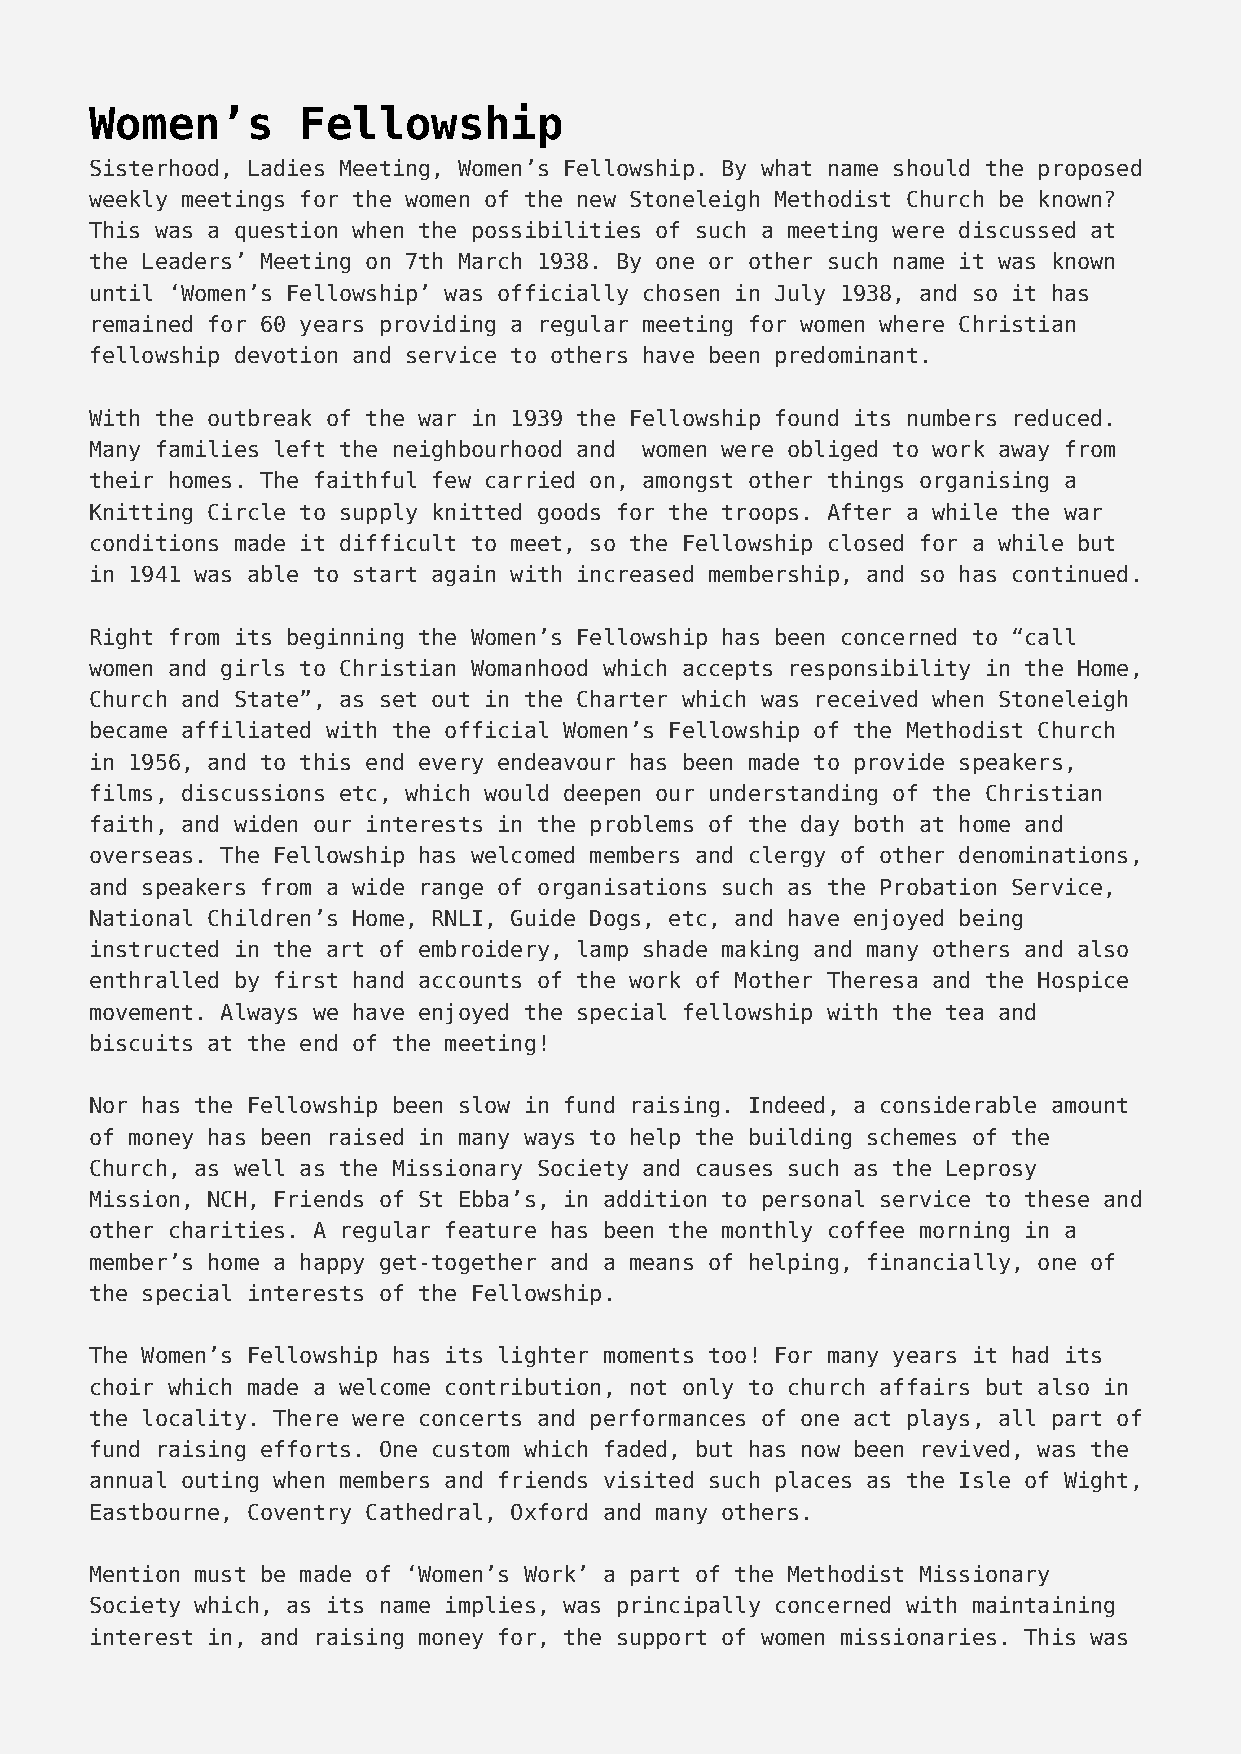
Women’s       Fellowship
 Sisterhood, Ladies Meeting, Women’s Fellowship. By what name should the proposed
 weekly meetings for the women of the new Stoneleigh Methodist Church be known?
 This was a question when the possibilities of such a meeting were discussed at
 the Leaders’ Meeting on 7th March 1938. By one or other such name it was known
 until ‘Women’s Fellowship’ was officially chosen in July 1938, and so it has
 remained for 60 years providing a regular meeting for women where Christian
 fellowship devotion and service to others have been predominant.
 With the outbreak of the war in 1939 the Fellowship found its numbers reduced.
 Many families left the neighbourhood and women were obliged to work away from
 their homes. The faithful few carried on, amongst other things organising a
 Knitting Circle to supply knitted goods for the troops. After a while the war
 conditions made it difficult to meet, so the Fellowship closed for a while but
 in 1941 was able to start again with increased membership, and so has continued.
 Right from its beginning the Women’s Fellowship has been concerned to “call
 women and girls to Christian Womanhood which accepts responsibility in the Home,
 Church and State”, as set out in the Charter which was received when Stoneleigh
 became affiliated with the official Women’s Fellowship of the Methodist Church
 in 1956, and to this end every endeavour has been made to provide speakers,
 films, discussions etc, which would deepen our understanding of the Christian
 faith, and widen our interests in the problems of the day both at home and
 overseas. The Fellowship has welcomed members and clergy of other denominations,
 and speakers from a wide range of organisations such as the Probation Service,
 National Children’s Home, RNLI, Guide Dogs, etc, and have enjoyed being
 instructed in the art of embroidery, lamp shade making and many others and also
 enthralled by first hand accounts of the work of Mother Theresa and the Hospice
 movement. Always we have enjoyed the special fellowship with the tea and
 biscuits at the end of the meeting!
 Nor has the Fellowship been slow in fund raising. Indeed, a considerable amount
 of money has been raised in many ways to help the building schemes of the
 Church, as well as the Missionary Society and causes such as the Leprosy
 Mission, NCH, Friends of St Ebba’s, in addition to personal service to these and
 other charities. A regular feature has been the monthly coffee morning in a
 member’s home a happy get-together and a means of helping, financially, one of
 the special interests of the Fellowship.
 The Women’s Fellowship has its lighter moments too! For many years it had its
 choir which made a welcome contribution, not only to church affairs but also in
 the locality. There were concerts and performances of one act plays, all part of
 fund raising efforts. One custom which faded, but has now been revived, was the
 annual outing when members and friends visited such places as the Isle of Wight,
 Eastbourne, Coventry Cathedral, Oxford and many others.
 Mention must be made of ‘Women’s Work’ a part of the Methodist Missionary
 Society which, as its name implies, was principally concerned with maintaining
 interest in, and raising money for, the support of women missionaries. This was